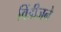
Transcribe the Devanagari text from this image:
विंडीजने